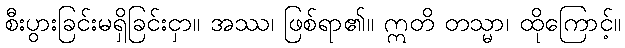
စီးပွားခြင်းမရှိခြင်းငှာ။ အဿ၊ ဖြစ်ရာ၏။ ဣတိ တသ္မာ၊ ထိုကြောင့်။